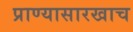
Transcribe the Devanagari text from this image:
प्राण्यासारखाच